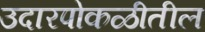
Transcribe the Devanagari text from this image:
उदारपोकळीतील